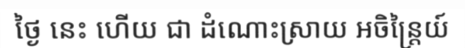
ថ្ងៃ នេះ ហើយ ជា ដំណោះស្រាយ អចិន្ត្រៃយ៍